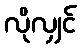
လိုလျှင်